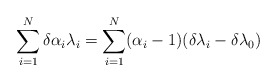
\begin{align*}\sum_{i=1}^{N} \delta \alpha_{i} \lambda_{i} = \sum_{i=1}^{N}(\alpha_i-1)( \delta \lambda_{i} - \delta \lambda_{0})\end{align*}